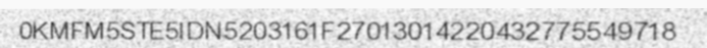
0KMFM5STE5IDN5203161F27013014220432775549718